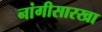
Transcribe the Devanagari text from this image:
नांगीसारखा